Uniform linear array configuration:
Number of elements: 32
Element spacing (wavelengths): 0.75
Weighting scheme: blackman
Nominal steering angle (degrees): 45
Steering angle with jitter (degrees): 43.35
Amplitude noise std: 0.05
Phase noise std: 0.05

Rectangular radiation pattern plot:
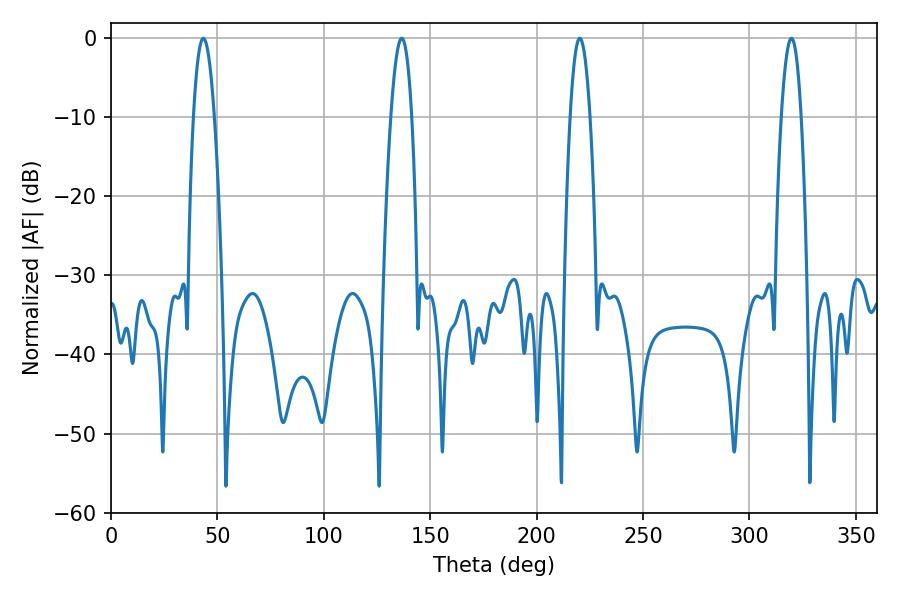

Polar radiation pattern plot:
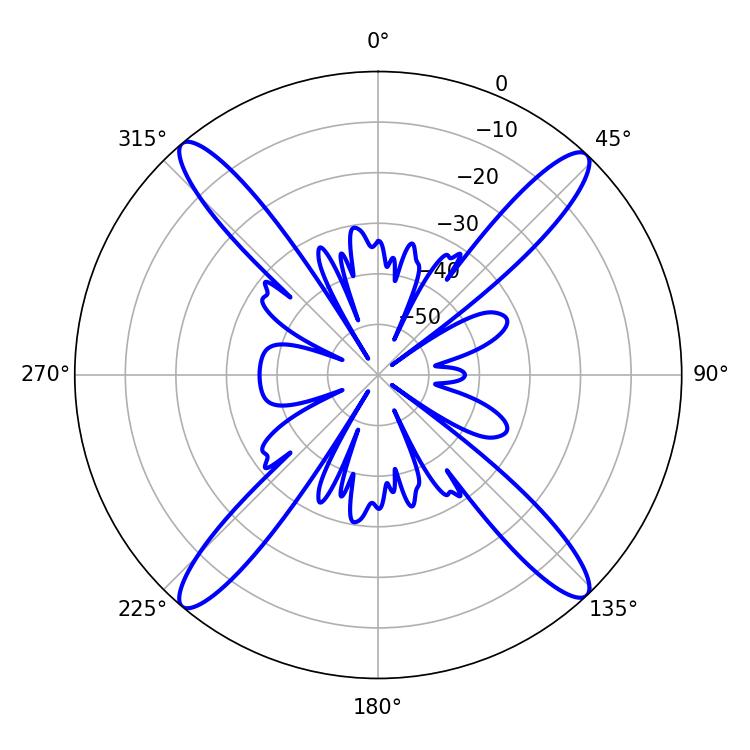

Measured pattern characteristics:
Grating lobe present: TRUE
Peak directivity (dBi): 21.3
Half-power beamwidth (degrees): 5.22
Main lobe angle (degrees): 43.38